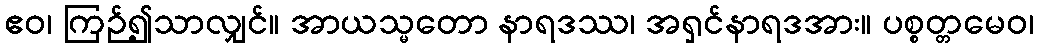
ဧဝ၊ ကြဉ်၍သာလျှင်။ အာယသ္မတော နာရဒဿ၊ အရှင်နာရဒအား။ ပစ္စတ္တမေဝ၊